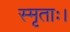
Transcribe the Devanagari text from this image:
स्मृताः।